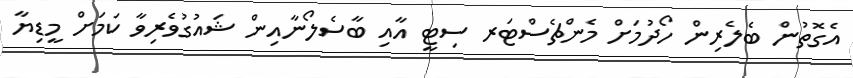
އެގޮތުން ބެލެރިން ހޯދުމަށް މެންޗެސްޓަރ ސިޓީ އާއި ބާސެލޯނާއިން ޝައުގުވެރިވާ ކަމަށް މީޑިޔާ